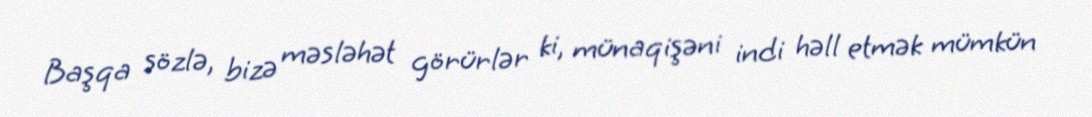
Başqa sözlə, bizə məsləhət görürlər ki, münaqişəni indi həll etmək mümkün